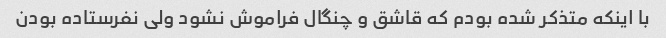
با اینکه متذکر شده بودم که قاشق و چنگال فراموش نشود ولی نفرستاده بودن